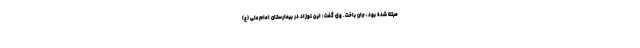
مبتلا شده بود، جان باخت. وی گفت: این نوزاد در بیمارستان امام علی (ع)